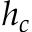
h _ { c }